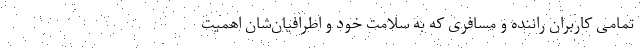
تمامی کاربران راننده و مسافری که به سلامت خود و اطرافیان‌شان اهمیت